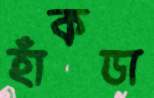
হাঁকডা